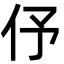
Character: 伃